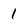
Character: 1